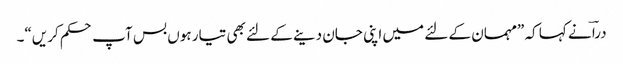
دراؔ نے کہا کہ ”مہمان کے لئے میں اپنی جان دینے کے لئے بھی تیار ہوں بس آپ حکم کریں“۔